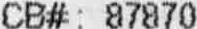
CB#: 87870